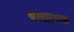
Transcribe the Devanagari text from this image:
बलात्मक